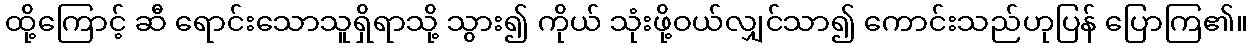
ထို့ကြောင့် ဆီ ရောင်းသောသူရှိရာသို့ သွား၍ ကိုယ် သုံးဖို့ဝယ်လျှင်သာ၍ ကောင်းသည်ဟုပြန် ပြောကြ၏။